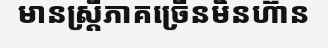
មានស្ត្រីភាគច្រើនមិនហ៊ាន